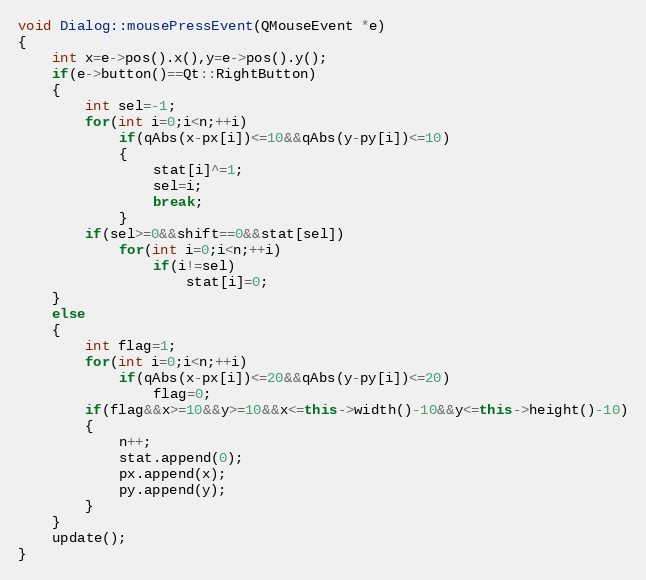
Language: C++
void Dialog::mousePressEvent(QMouseEvent *e)
{
    int x=e->pos().x(),y=e->pos().y();
    if(e->button()==Qt::RightButton)
    {
        int sel=-1;
        for(int i=0;i<n;++i)
            if(qAbs(x-px[i])<=10&&qAbs(y-py[i])<=10)
            {
                stat[i]^=1;
                sel=i;
                break;
            }
        if(sel>=0&&shift==0&&stat[sel])
            for(int i=0;i<n;++i)
                if(i!=sel)
                    stat[i]=0;
    }
    else
    {
        int flag=1;
        for(int i=0;i<n;++i)
            if(qAbs(x-px[i])<=20&&qAbs(y-py[i])<=20)
                flag=0;
        if(flag&&x>=10&&y>=10&&x<=this->width()-10&&y<=this->height()-10)
        {
            n++;
            stat.append(0);
            px.append(x);
            py.append(y);
        }
    }
    update();
}